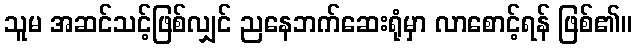
သူမ အဆင်သင့်ဖြစ်လျှင် ညနေဘက်ဆေးရုံမှာ လာစောင့်ရန် ဖြစ်၏။